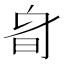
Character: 𣅞